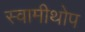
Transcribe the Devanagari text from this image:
स्वामीथोप